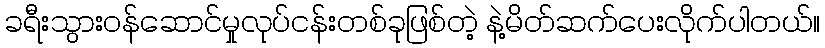
ခရီးသွားဝန်ဆောင်မှုလုပ်ငန်းတစ်ခုဖြစ်တဲ့ နဲ့မိတ်ဆက်ပေးလိုက်ပါတယ်။